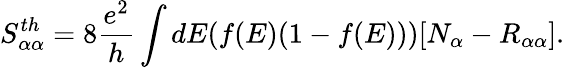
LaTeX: {S_{\alpha\alpha}^{th}=8\frac{e^{2}}{h}\int dE(f(E)(1-f(E)))[N_{\alpha}-R_{\alpha\alpha}]}.